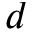
d